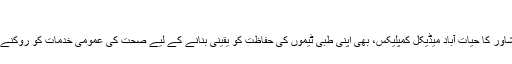
"
ایک اور طبی ادارہ، پشاور کا حیات آباد میڈیکل کمپلیکس، بھی اپنی طبی ٹیموں کی حفاظت کو یقینی بنانے کے لیے صحت کی عمومی خدمات کو روکنے پر مجبور ہو گیا ہے۔